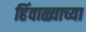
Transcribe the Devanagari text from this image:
हिंवाळ्याच्या